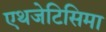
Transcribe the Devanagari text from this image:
एथजेटिसिमा